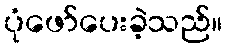
ပုံဖော်ပေးခဲ့သည်။